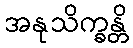
အနုသိက္ခန္တိ